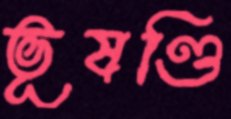
ভূষণ্ডি